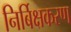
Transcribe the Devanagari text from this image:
निर्बिक्षकरण